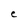
Character: C